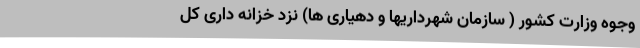
وجوه وزارت کشور ( سازمان شهرداریها و دهیاری ها) نزد خزانه داری کل